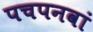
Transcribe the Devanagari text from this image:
पचपनवां